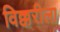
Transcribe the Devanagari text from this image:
विक्करीला